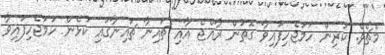
މެޗެވެ. ކުރިން ހަމަޖެހިފައިވާ ގޮތުން ރާއްޖެ އާއި ޗައިނާ ޗައިނާގައި ކުޅެން ހަމަޖެހިފައިވާ